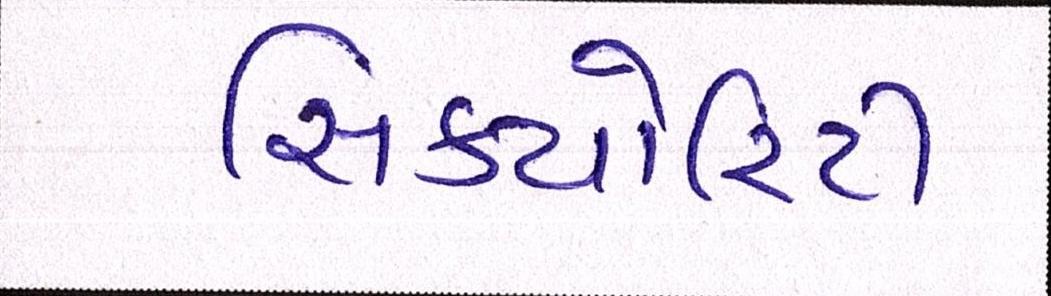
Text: સિક્યોરિટી